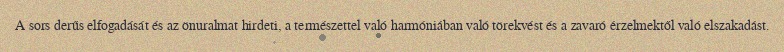
A sors derűs elfogadását és az önuralmat hirdeti, a természettel való harmóniában való törekvést és a zavaró érzelmektől való elszakadást.